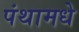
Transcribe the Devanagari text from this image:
पंथामधे